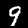
Digit: 9